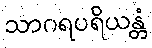
သာဂရပရိယန္တံ